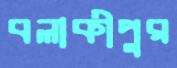
বলাকীপুর